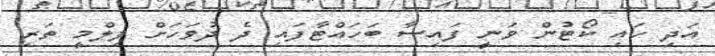
އަދި ހައި ކޯޓުން ވަނީ ފައިސާ ބަހައްޓާފައި ދެ ދުވަހަށް ފިލްމީ ތަރި